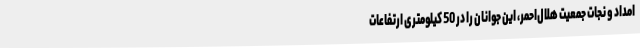
امداد و نجات جمعیت هلال‌احمر، این جوانان را در 50 کیلومتری ارتفاعات